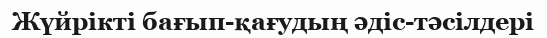
Жүйрікті бағып-қағудың әдіс-тәсілдері